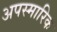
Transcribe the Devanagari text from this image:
अपस्मारिक